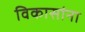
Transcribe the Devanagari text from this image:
विकासांना